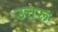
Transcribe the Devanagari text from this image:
उत्तरू